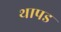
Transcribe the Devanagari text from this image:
थापड